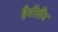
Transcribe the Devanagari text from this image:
हैवीलैंड